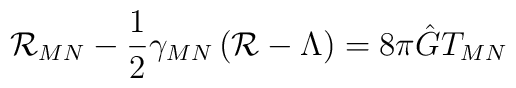
{\cal R}_{MN} - \frac{1}{2} \gamma_{MN} \left({\cal R}-\Lambda\right) = 8 \pi \hat G T_{MN}